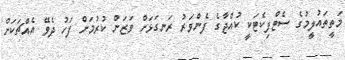
މަތީތައުލީމުގެ ސެޓްފިކެޓަކީ ކުއްޖާގެ ފެންވަރު ރަނގަޅަށް ވަޒަން ކުރުމަށް ފަހު ދެވޭ އެއްޗަކަށް